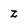
Character: Z